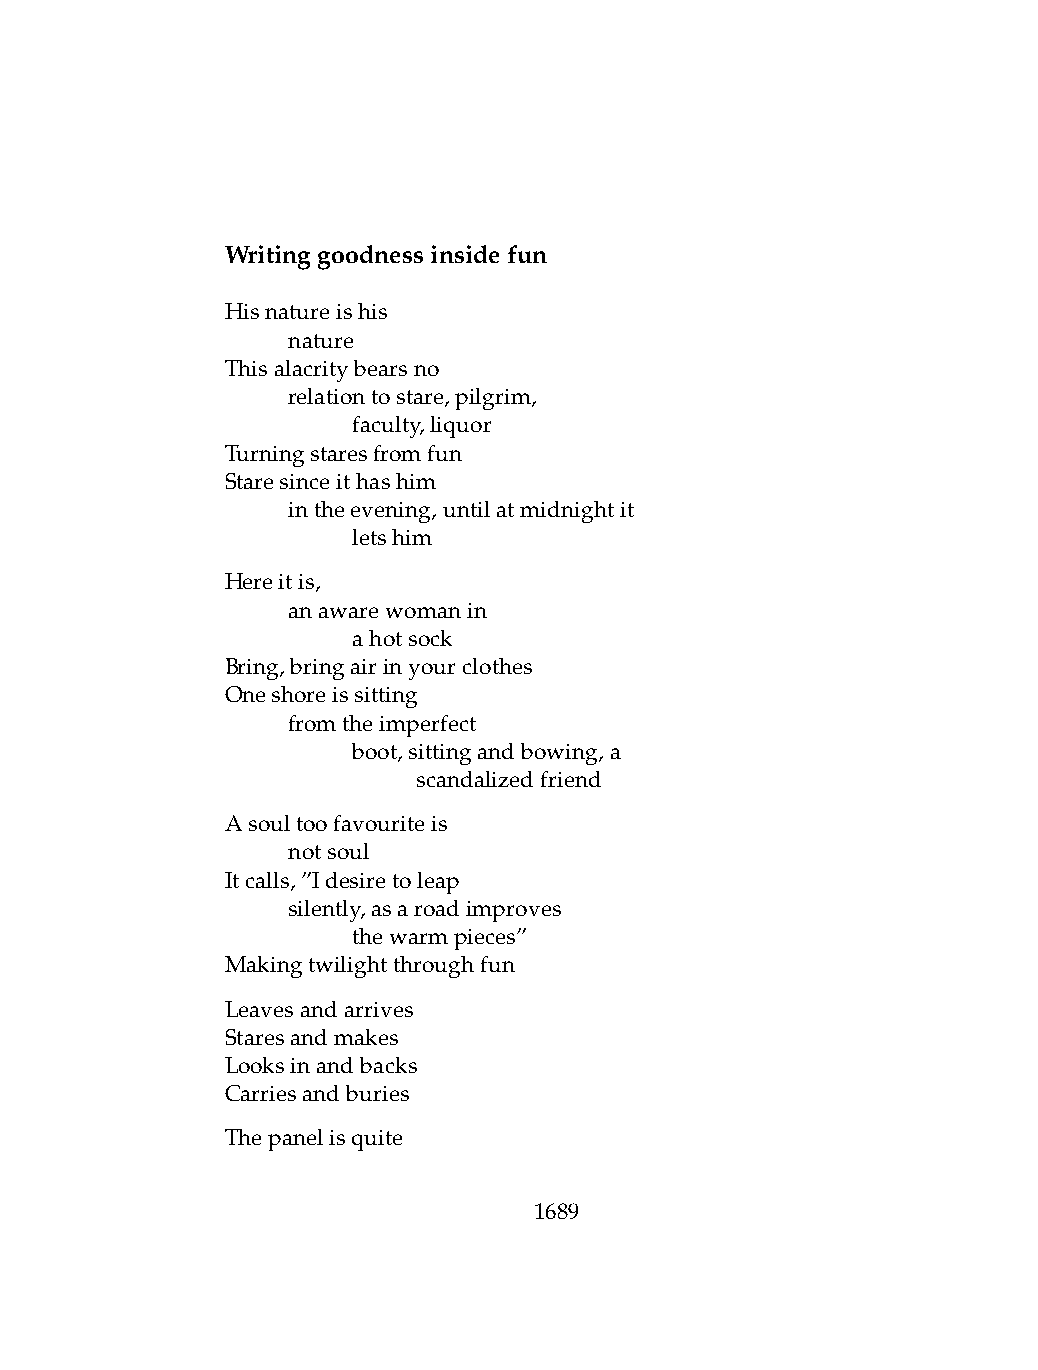
Writinggoodnessinsidefun
 Hisnatureishis
 .   nature
 Thisalacritybearsno
 .   relationtostare,pilgrim,
 .   .   faculty,liquor
 Turningstaresfromfun
 Staresinceithashim
 .   intheevening,untilatmidnightit
 .   .   letshim
 Hereitis,
 .   anawarewomanin
 .   .   ahotsock
 Bring,bringairinyourclothes
 Oneshoreissitting
 .   fromtheimperfect
 .   .   boot,sittingandbowing,a
 .   .   .    scandalizedfriend
 Asoultoofavouriteis
 .   notsoul
 Itcalls,”Idesiretoleap
 .   silently,asaroadimproves
 .   .   thewarmpieces”
 Makingtwilightthroughfun
 Leavesandarrives
 Staresandmakes
 Looksinandbacks
 Carriesandburies
 Thepanelisquite
 1689